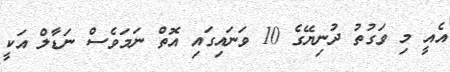
އެއީ މި ވަގުތު ދުނިޔޭގެ 10 ވަނައިގައި އޮތް ނަމަވެސް ނަޑާލް އަކީ